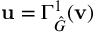
\mathbf { u } = \Gamma _ { \hat { G } } ^ { 1 } ( \mathbf { v } )